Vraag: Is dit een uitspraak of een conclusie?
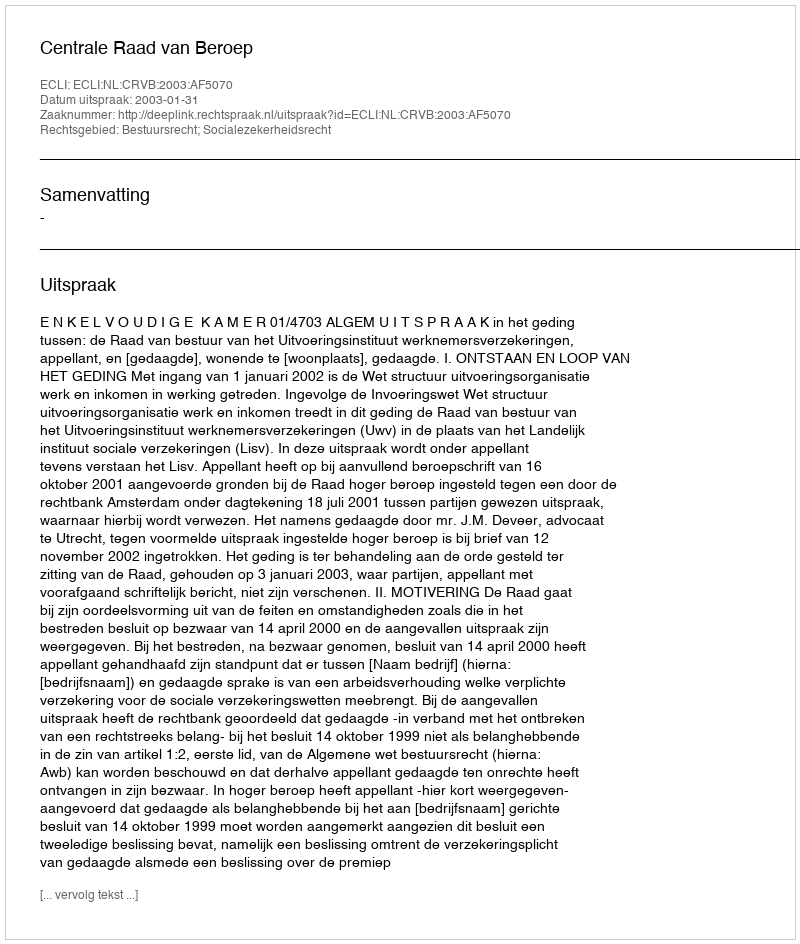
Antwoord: Uitspraak